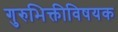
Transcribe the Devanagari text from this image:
गुरुभिक्तीविषयक